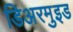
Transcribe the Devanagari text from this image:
डिअरमुइड